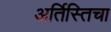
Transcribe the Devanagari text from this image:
अर्तिस्तिचा